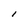
Character: I